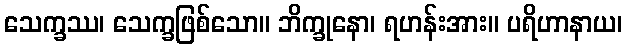
သေက္ခဿ၊ သေက္ခဖြစ်သော။ ဘိက္ခုနော၊ ရဟန်းအား။ ပရိဟာနာယ၊